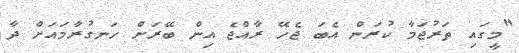
"މީގައި ތަރުޖަމާ ކުރަން އެބަ ޖެހޭ ރާއްޖެ އިން ބޭރަށް ހަނގުރާމައަށް ދާ